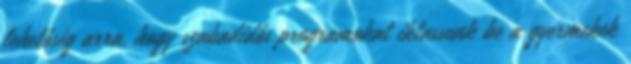
lehetőség arra, hogy szabadidős programokat iktassunk be a gyermekek